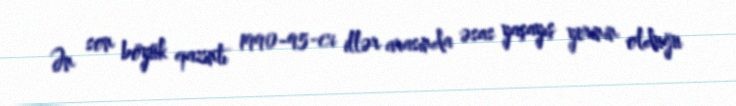
Ən son böyük qazıntı 1990-95-ci illər arasında əsas yaşayış yerinin olduğu